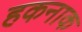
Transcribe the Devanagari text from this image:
हकनाक